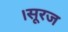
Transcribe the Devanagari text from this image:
।सूरज